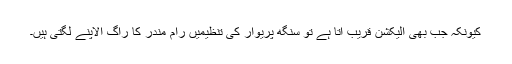
کیونکہ جب بھی الیکشن قریب آتا ہے تو سنگھ پریوار کی تنظیمیں رام مندر کا راگ الاپنے لگتی ہیں۔